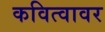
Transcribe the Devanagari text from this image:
कवित्वावर